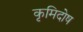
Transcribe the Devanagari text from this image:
कृमिदोष